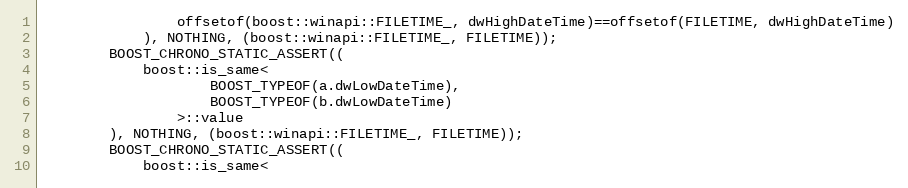
Language: C++
                offsetof(boost::winapi::FILETIME_, dwHighDateTime)==offsetof(FILETIME, dwHighDateTime)
            ), NOTHING, (boost::winapi::FILETIME_, FILETIME));
        BOOST_CHRONO_STATIC_ASSERT((
            boost::is_same<
                    BOOST_TYPEOF(a.dwLowDateTime),
                    BOOST_TYPEOF(b.dwLowDateTime)
                >::value
        ), NOTHING, (boost::winapi::FILETIME_, FILETIME));
        BOOST_CHRONO_STATIC_ASSERT((
            boost::is_same<